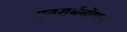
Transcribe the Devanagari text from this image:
पुनरार्थबोधन